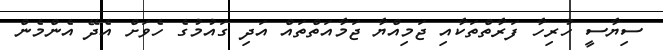
ސިޔާސީ ހުރިހާ ފަރާތްތަކާއި ޖަމިއްޔާ ޖަމާއަތްތައް އަދި ގައުމުގެ ހެވަށް އެދޭ އެންމެން